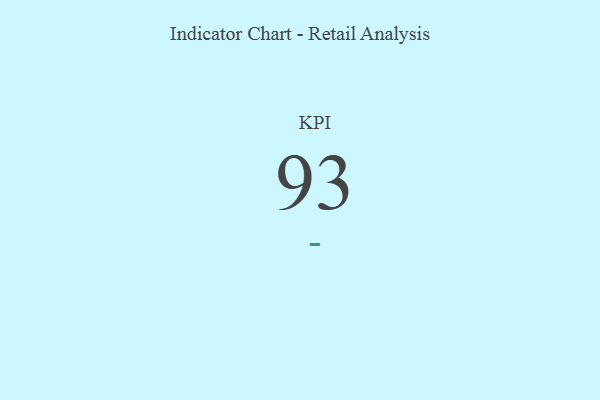
{"axis": {"x": "KPI", "y": "Value"}, "legend": [""], "data": [{"x": "KPI", "y": 93, "type": ""}]}